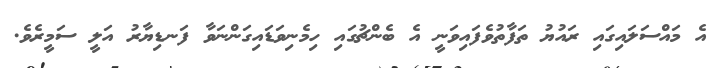
އެ މައްސަލައިގައި ރައުޔު ތަފާތުވެފައިވަނީ އެ ބެންޗުގައި ހިމެނިވަޑައިގަންނަވާ ފަނޑިޔާރު އަލީ ސަމީރެވެ.